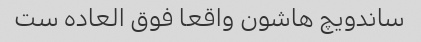
ساندویچ هاشون واقعا فوق العاده ست